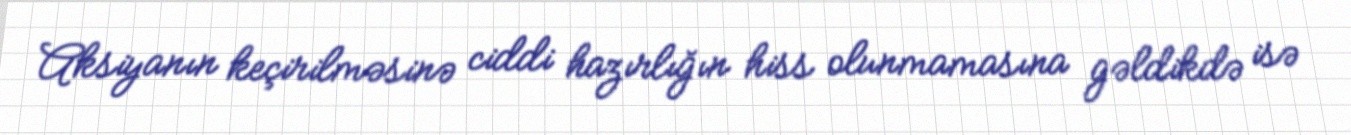
Aksiyanın keçirilməsinə ciddi hazırlığın hiss olunmamasına gəldikdə isə